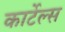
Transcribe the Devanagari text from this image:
कार्टेल्स